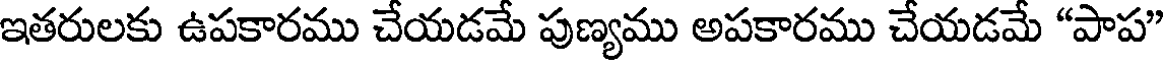
ఇతరులకు ఉపకారము చేయడమే పుణ్యము అపకారము చేయడమే "పాప"